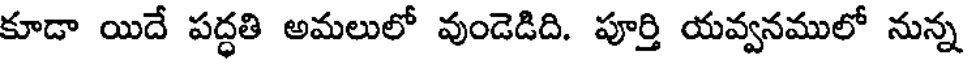
కూడా యిదే పద్ధతి అమలులో వుండెడిది. పూర్తి యవ్వనములో నున్న